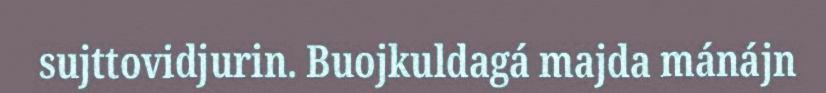
sujttovidjurin. Buojkuldagá majda mánájn